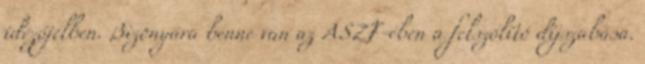
idézőjelben. Bizonyára benne van az ÁSZF-ében a felszólító díjszabása.